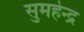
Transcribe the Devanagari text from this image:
सुमहेन्द्र